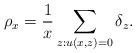
LaTeX: \begin{align*}\rho_x = \frac 1x \sum_{z: u(x,z)=0} \delta_z.\end{align*}